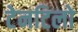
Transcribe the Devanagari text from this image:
टेनटिलो